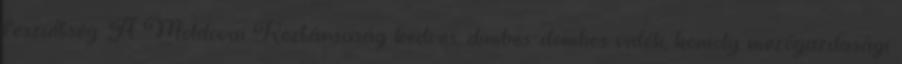
feszültség. A Moldovai Köztársaság kedves, dimbes-dombos vidék, komoly mezőgazdasági